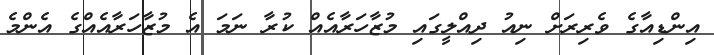
އިންޑިއާގެ ވެރިރަށް ނިއު ދިއްލީގައި މުޒާހަރާއެއް ކުރާ ނަމަ އެ މުޒާހަރާއެއްގެ އެންމެ